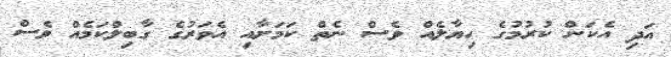
އަދި އެކަން ކުރުމުގެ ހިޔާލެއް ވެސް ނެތް ކަމަށާއި އެވަރުގެ ގާބިލްކަމެއް ވެސް